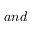
a n d